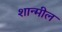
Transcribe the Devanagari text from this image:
शान्मील